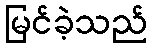
မြင်ခဲ့သည်